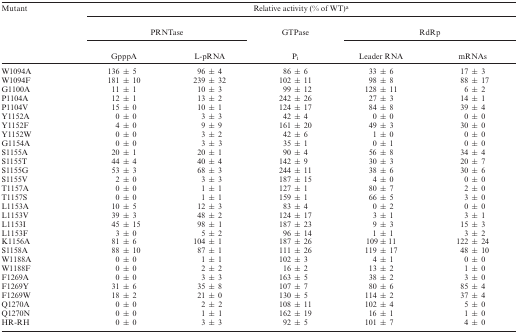
<table><thead><tr><td><b>Mutant</b></td><td colspan="5"><b>Relative activity (% of WT)<sup>a</sup></b></td></tr><tr><td></td><td colspan="2"><b>PRNTase</b></td><td><b>GTPase</b></td><td colspan="2"><b>RdRp</b></td></tr><tr><td></td><td><b>GpppA</b></td><td><b>L-pRNA</b></td><td><b>P<sub>i</sub></b></td><td><b>Leader RNA</b></td><td><b>mRNAs</b></td></tr></thead><tbody><tr><td>W1094A</td><td>136 ± 5</td><td>96 ± 4</td><td>86 ± 6</td><td>33 ± 6</td><td>17 ± 3</td></tr><tr><td>W1094F</td><td>181 ± 10</td><td>239 ± 32</td><td>102 ± 11</td><td>98 ± 8</td><td>88 ± 17</td></tr><tr><td>G1100A</td><td>11 ± 1</td><td>10 ± 3</td><td>99 ± 12</td><td>128 ± 11</td><td>6 ± 2</td></tr><tr><td>P1104A</td><td>12 ± 1</td><td>13 ± 2</td><td>242 ± 26</td><td>27 ± 3</td><td>14 ± 1</td></tr><tr><td>P1104V</td><td>15 ± 0</td><td>10 ± 1</td><td>124 ± 17</td><td>84 ± 8</td><td>39 ± 4</td></tr><tr><td>Y1152A</td><td>0 ± 0</td><td>3 ± 3</td><td>42 ± 4</td><td>0 ± 0</td><td>0 ± 0</td></tr><tr><td>Y1152F</td><td>4 ± 0</td><td>9 ± 9</td><td>161 ± 20</td><td>49 ± 3</td><td>30 ± 0</td></tr><tr><td>Y1152W</td><td>0 ± 0</td><td>3 ± 2</td><td>42 ± 6</td><td>1 ± 0</td><td>0 ± 0</td></tr><tr><td>G1154A</td><td>0 ± 0</td><td>3 ± 3</td><td>35 ± 1</td><td>0 ± 1</td><td>0 ± 0</td></tr><tr><td>S1155A</td><td>20 ± 1</td><td>20 ± 1</td><td>90 ± 4</td><td>56 ± 8</td><td>34 ± 4</td></tr><tr><td>S1155T</td><td>44 ± 4</td><td>40 ± 4</td><td>142 ± 9</td><td>30 ± 3</td><td>20 ± 7</td></tr><tr><td>S1155G</td><td>53 ± 3</td><td>68 ± 3</td><td>244 ± 11</td><td>38 ± 6</td><td>30 ± 6</td></tr><tr><td>S1155V</td><td>2 ± 0</td><td>3 ± 3</td><td>187 ± 15</td><td>4 ± 0</td><td>0 ± 0</td></tr><tr><td>T1157A</td><td>0 ± 0</td><td>1 ± 1</td><td>127 ± 1</td><td>80 ± 7</td><td>2 ± 0</td></tr><tr><td>T1157S</td><td>0 ± 0</td><td>1 ± 1</td><td>159 ± 1</td><td>66 ± 5</td><td>3 ± 0</td></tr><tr><td>L1153A</td><td>10 ± 5</td><td>12 ± 3</td><td>83 ± 4</td><td>0 ± 2</td><td>0 ± 0</td></tr><tr><td>L1153V</td><td>39 ± 3</td><td>48 ± 2</td><td>124 ± 17</td><td>3 ± 1</td><td>3 ± 1</td></tr><tr><td>L1153I</td><td>45 ± 15</td><td>98 ± 1</td><td>187 ± 23</td><td>9 ± 3</td><td>15 ± 3</td></tr><tr><td>L1153F</td><td>3 ± 0</td><td>5 ± 2</td><td>96 ± 14</td><td>1 ± 1</td><td>3 ± 2</td></tr><tr><td>K1156A</td><td>81 ± 6</td><td>104 ± 1</td><td>187 ± 26</td><td>109 ± 11</td><td>122 ± 24</td></tr><tr><td>S1158A</td><td>88 ± 10</td><td>87 ± 1</td><td>111 ± 26</td><td>119 ± 17</td><td>48 ± 10</td></tr><tr><td>W1188A</td><td>0 ± 0</td><td>1 ± 1</td><td>102 ± 3</td><td>4 ± 1</td><td>0 ± 0</td></tr><tr><td>W1188F</td><td>0 ± 0</td><td>2 ± 2</td><td>16 ± 2</td><td>13 ± 2</td><td>1 ± 0</td></tr><tr><td>F1269A</td><td>0 ± 0</td><td>3 ± 3</td><td>163 ± 5</td><td>38 ± 2</td><td>3 ± 0</td></tr><tr><td>F1269Y</td><td>31 ± 6</td><td>35 ± 8</td><td>107 ± 7</td><td>80 ± 6</td><td>85 ± 4</td></tr><tr><td>F1269W</td><td>18 ± 2</td><td>21 ± 0</td><td>130 ± 5</td><td>114 ± 2</td><td>37 ± 4</td></tr><tr><td>Q1270A</td><td>0 ± 0</td><td>2 ± 2</td><td>108 ± 11</td><td>102 ± 4</td><td>5 ± 0</td></tr><tr><td>Q1270N</td><td>0 ± 0</td><td>1 ± 1</td><td>162 ± 19</td><td>16 ± 1</td><td>1 ± 0</td></tr><tr><td>HR-RH</td><td>0 ± 0</td><td>3 ± 3</td><td>92 ± 5</td><td>101 ± 7</td><td>4 ± 0</td></tr></tbody></table>